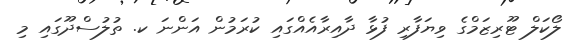
ލޯކަލް ޓޫރިޒަމްގެ ވިޔަފާރި ފުޅާ ދާއިރާއެއްގައި ކުރަމުން އަންނަ ކ. ތުލުސްދޫގައި މި